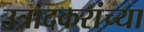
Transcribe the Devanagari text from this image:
उत्रादकरांच्या